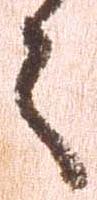
々